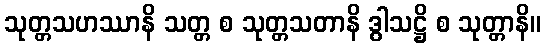
သုတ္တသဟဿာနိ သတ္တ စ သုတ္တသတာနိ ဒွါသဋ္ဌိ စ သုတ္တာနိ။